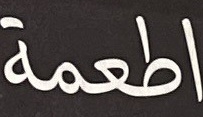
اطعمة